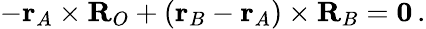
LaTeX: -\mathbf{r}_{A}\times\mathbf{R}_{O}+(\mathbf{r}_{B}-\mathbf{r}_{A})\times\mathbf{R}_{B}=\mathbf{0}\, .